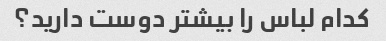
کدام لباس را بیشتر دوست دارید؟